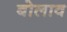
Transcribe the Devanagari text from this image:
बोलाव